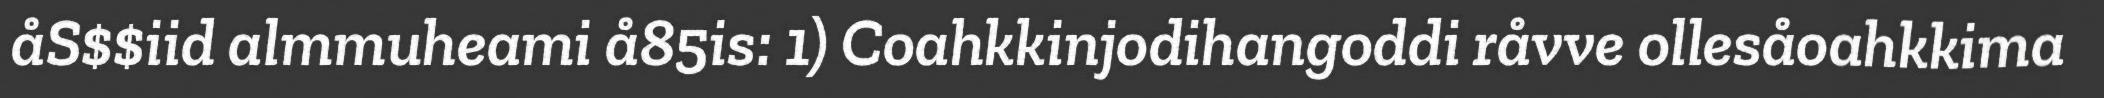
åS$$iid almmuheami å85is: 1) Coahkkinjodihangoddi råvve ollesåoahkkima